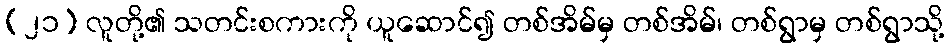
(၂၁) လူတို့၏ သတင်းစကားကို ယူဆောင်၍ တစ်အိမ်မှ တစ်အိမ်၊ တစ်ရွာမှ တစ်ရွာသို့